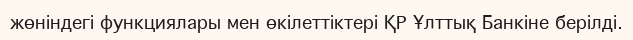
жөніндегі функциялары мен өкілеттіктері ҚР Ұлттық Банкіне берілді.